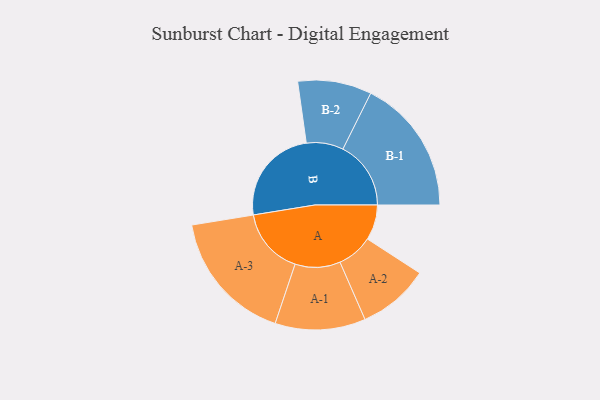
{"axis": {"x": "Segment", "y": "Value"}, "legend": ["", "A", "B"], "data": [{"x": "A", "y": 150, "type": ""}, {"x": "B", "y": 415, "type": ""}, {"x": "A-1", "y": 192, "type": "A"}, {"x": "A-2", "y": 152, "type": "A"}, {"x": "A-3", "y": 283, "type": "A"}, {"x": "B-1", "y": 289, "type": "B"}, {"x": "B-2", "y": 157, "type": "B"}]}